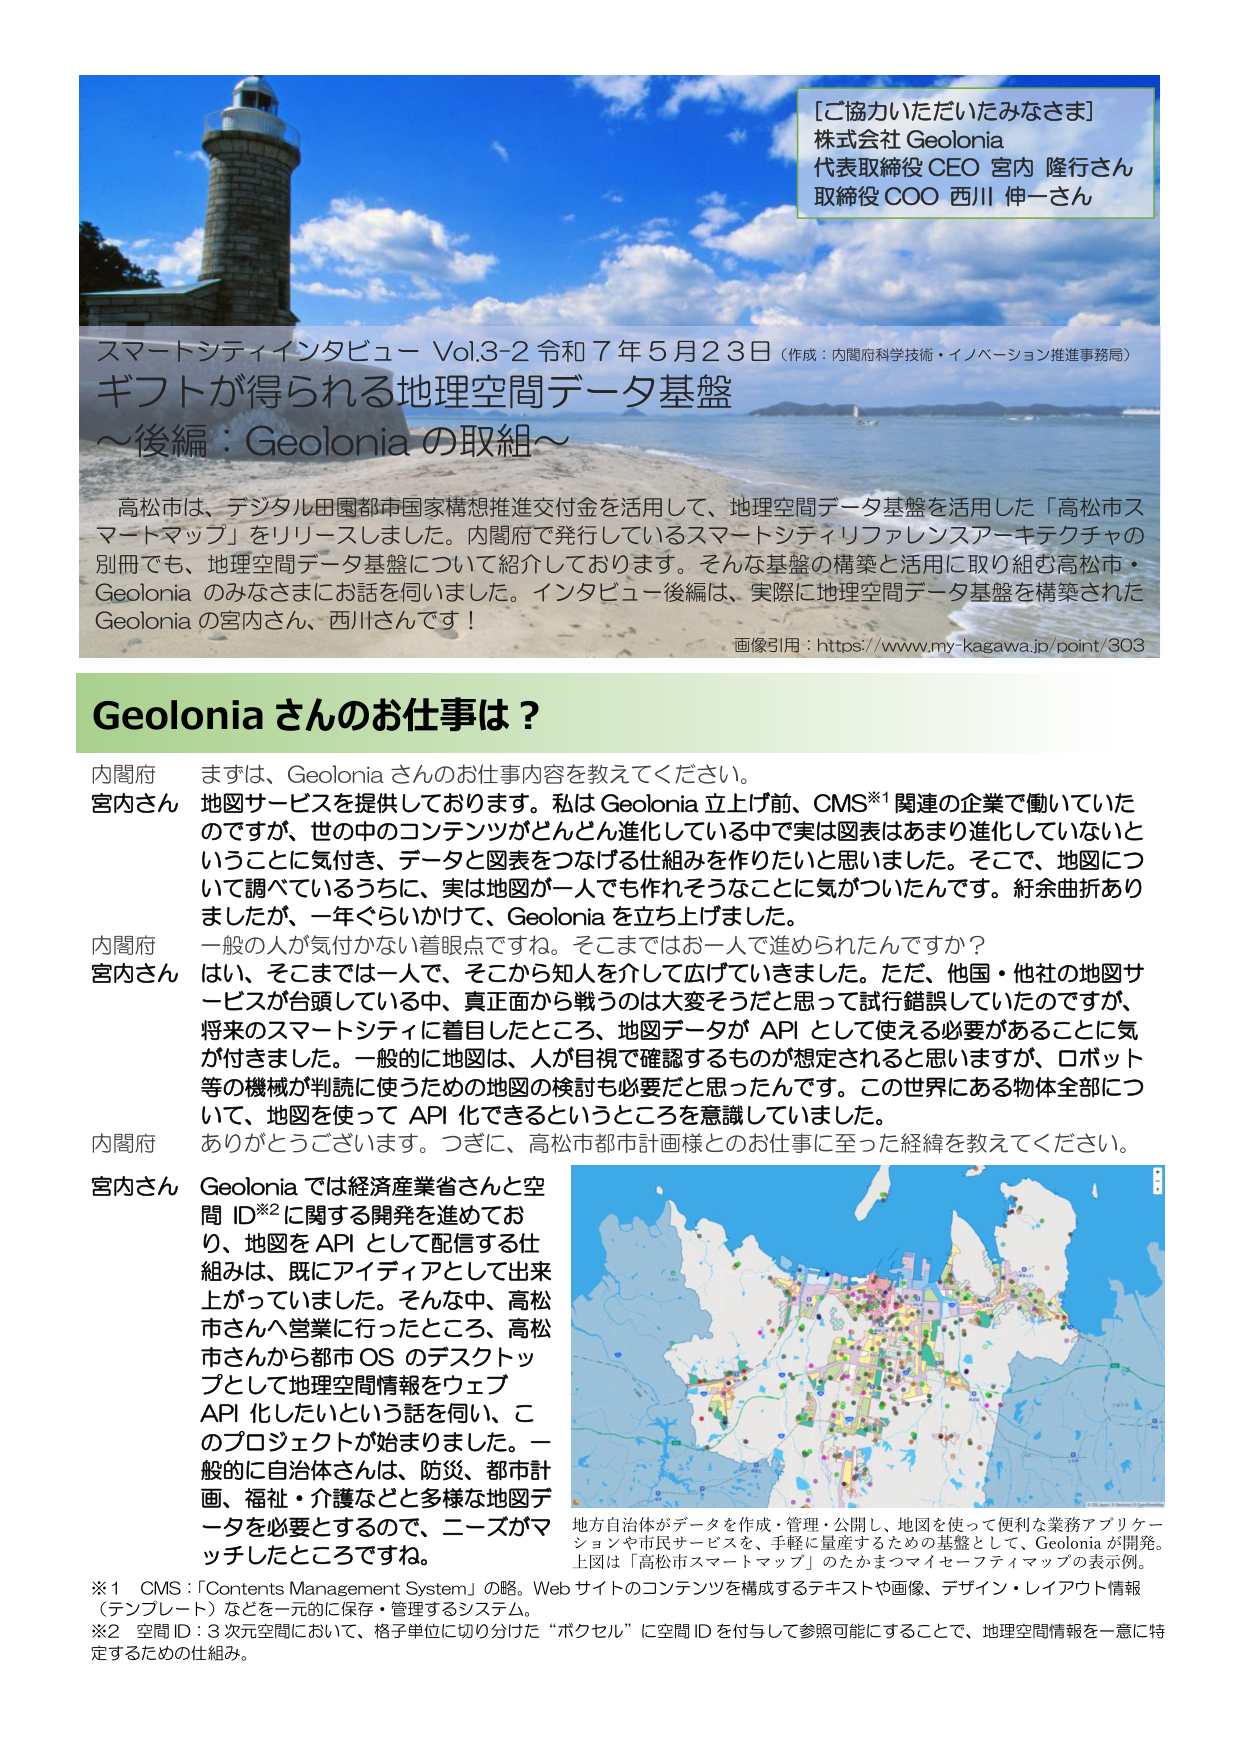
[ご協力いただいたみなさま]
株式会社 Geolonia
代表取締役 CEO 宮内 隆行さん
取締役 COO 西川 伸一さん

スマートシティインタビュー Vol.3-2 令和７年５月２３日（作成：内閣府科学技術・イノベーション推進事務局）
ギフトが得られる地理空間データ基盤
～後編：Geolonia の取組～

高松市は、デジタル田園都市国家構想推進交付金を活用して、地理空間データ基盤を活用した「高松市スマートマップ」をリリースしました。内閣府で発行しているスマートシティリファレンスアーキテクチャの別冊でも、地理空間データ基盤について紹介しております。そんな基盤の構築と活用に取り組む高松市・Geolonia のみなさまにお話を伺いました。インタビュー後編は、実際に地理空間データ基盤を構築されたGeolonia の宮内さん、西川さんです！

画像引用：https://www.my-kagawa.jp/point/303

Geolonia さんのお仕事は？

内閣府 まずは、Geolonia さんのお仕事内容を教えてください。
宮内さん 地図サービスを提供しております。私は Geolonia 立上げ前、CMS※1 関連の企業で働いていたのですが、世の中のコンテンツがどんどん進化している中で実は図表はあまり進化していないということに気付き、データと図表をつなげる仕組みを作りたいと思いました。そこで、地図について調べているうちに、実は地図が一人でも作れそうなことに気がついたんです。紆余曲折ありましたが、一年ぐらいかけて、Geolonia を立ち上げました。

内閣府 一般の人が気付かない着眼点ですね。そこまではお一人で進められたんですか？
宮内さん はい、そこまでは一人で、そこから知人を介して広げていきました。ただ、他国・他社の地図サービスが台頭している中、真正面から戦うのは大変そうだと思って試行錯誤していたのですが、将来のスマートシティに着目したところ、地図データが API として使える必要があることに気が付きました。一般的に地図は、人が目視で確認するものが想定されると思いますが、ロボット等の機械が判断を使うための地図の検討も必要だと思ったんです。この世界にある物体全部について、地図を使って API 化できるというところを意識していました。

内閣府 ありがとうございます。つぎに、高松市都市計画様とのお仕事に至った経緯を教えてください。

宮内さん Geolonia では経済産業省さんと空間 ID※2 に関する開発を進めており、地図を API として配信する仕組みは、既にアイディアとして出来上がっていました。そんな中、高松市さんへ営業に行ったところ、高松市さんから都市 OS のデスクトップとして地理空間情報をウェブ API 化したいという話を伺い、このプロジェクトが始まりました。一般的に自治体さんは、防災、都市計画、福祉・介護などと多様な地図データを必要とするので、ニーズがマッチしたところですね。

※1 CMS：「Contents Management System」の略。Web サイトのコンテンツを構成するテキストや画像、デザイン・レイアウト情報（テンプレート）などを一元的に保存・管理するシステム。
※2 空間 ID：3 次元空間において、格子単位に切り分けた“ボクセル”に空間 ID を付与して参照可能にすることで、地理空間情報を一意に特定するための仕組み。

地方自治体がデータを作成・管理・公開し、地図を使って便利な業務アプリケーションや市民サービスを、手軽に量産するための基盤として、Geolonia が開発。
上図は「高松市スマートマップ」のたかまつマイセーフティマップの表示例。